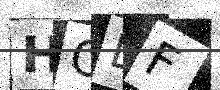
Text: HODF